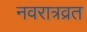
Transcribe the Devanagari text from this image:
नवरात्रव्रत